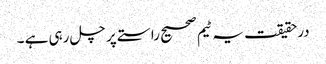
درحقیقت یہ ٹیم صحیح راستے پر چل رہی ہے ۔